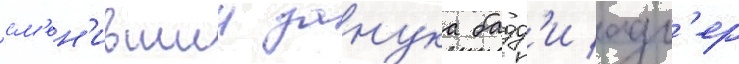
см'ен'ившии занука бадд'и адл'ер